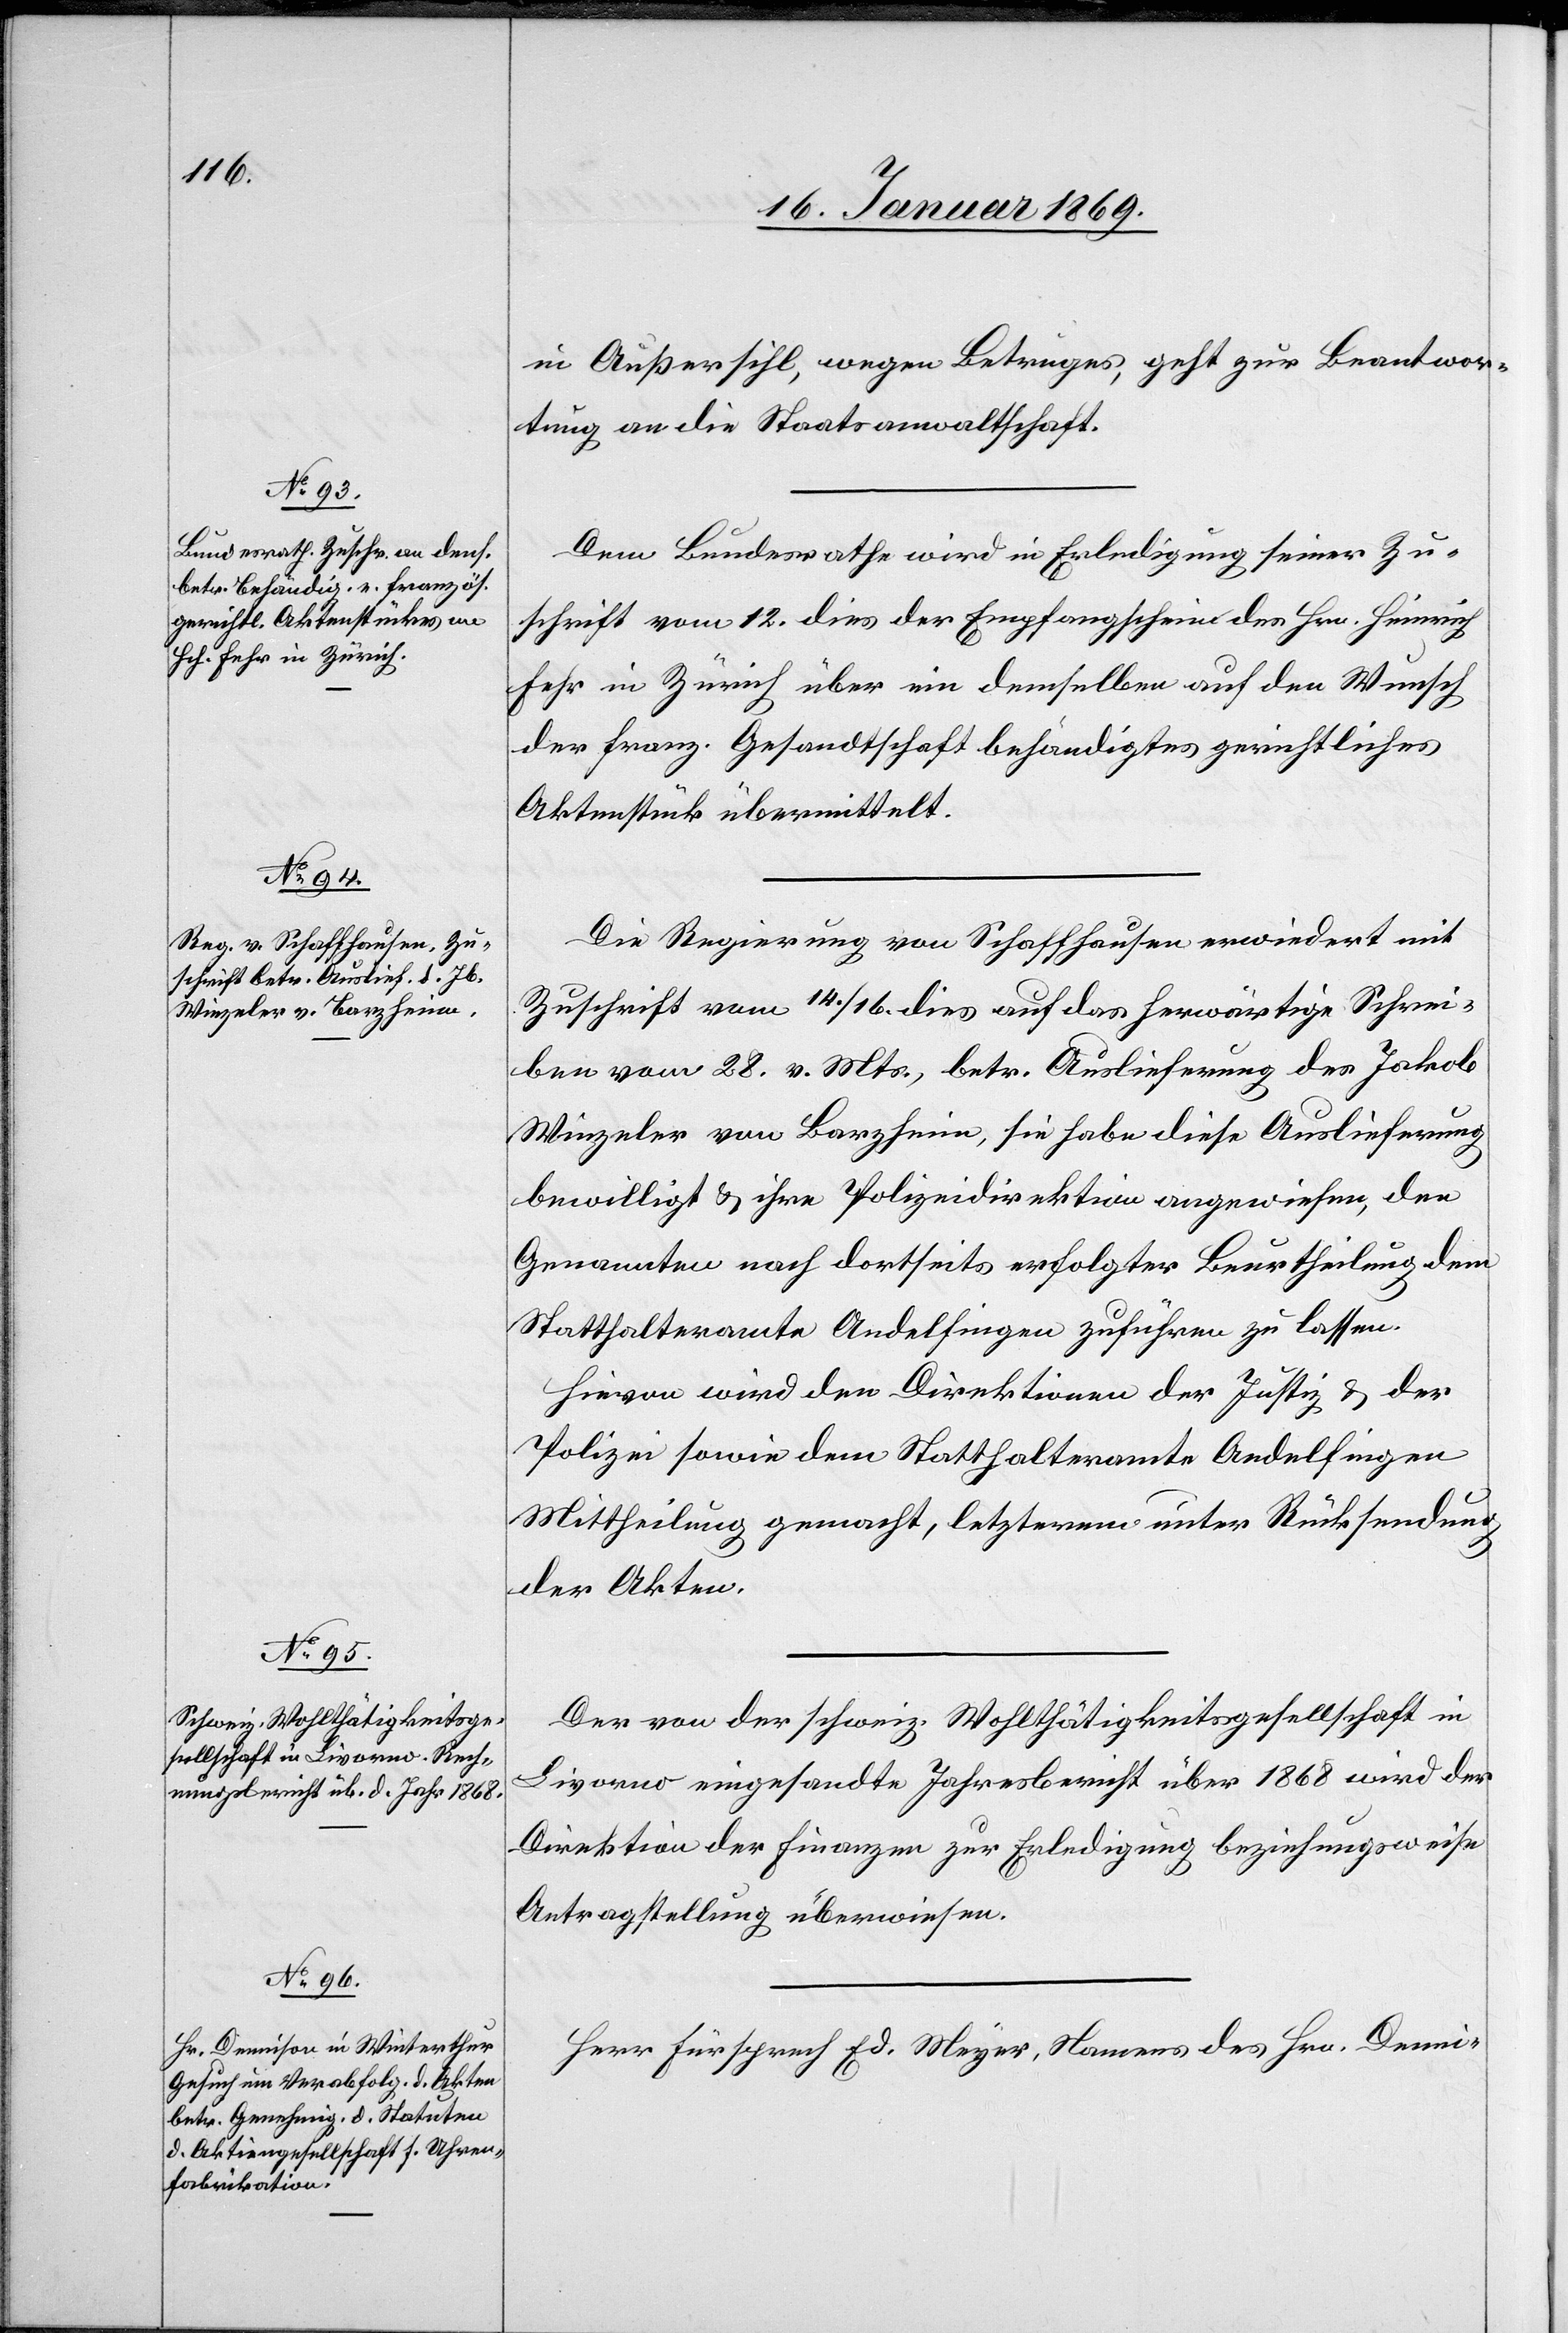
18. Januar 1869.]
in Außersihl, wegen Betruges, geht zur Beantwor¬
tung an die Staatsanwaltschaft.
Dem Bundesrathe wird in Erledigung seiner Zu¬
schrift vom 12 dies der Empfangsscheine des Hrn. Heinrich
Fehr in Zürich über ein demselben auf den Wunsch
der franz. Gesandtschaft behändigtes gerichtliches
Aktenstück übermittelt.
Die Regierung von Schaffhausen erwiedert mit
Zuschrift vom 14./16. dies auf das herwärtige Schrei¬
ben vom 28. v. Mts., betr. Auslieferung des Jakob
Winzeler von Barzheim, sie habe diese Auslieferung
bewilligt, u. ihre Polizeidirektion angewiesen, den
Genannten nach dortseits erfolgter Beurtheilung dem
Statthalteramte Andelfingen zuführen zu lassen.
Hievon wird den Direktionen der Justiz u. der
Polizei sowie dem Statthalteramte Andelfingen
Mittheilung gemacht, letzterem unter Rücksendung
der Akten.
Der von der schweiz. Wohlthätigkeitsgesellschaft in
Livorno eingesandte Jahresbericht über 1868 wird der
Direktion der Finanzen zur Erledigung beziehungsweise
Antragsstellung überwiesen.
Herr Fürsprech Ed. Meyer, Namens des Hrn. Demi-